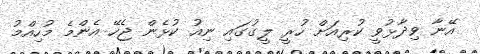
އޭނާ ވިދާޅުވީ ކުރިއަށް ހުރީ ލީގުގައި ނިއު ކުޅެން ޖެހޭ އެންމެ މުހިއްމު